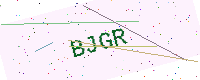
Text: BJGR